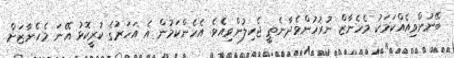
ބޭނުންވިއެއްކަމަކު މެހެނާޒް ނުރުހުންވެދާނެތީ ޖެހިލުންވިއެވެ. އެހެންކަމުން އެ އަހަރުގެ ކުރީކޮޅު އޭނަ މެހެނާޒަށް